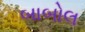
બાબોલ